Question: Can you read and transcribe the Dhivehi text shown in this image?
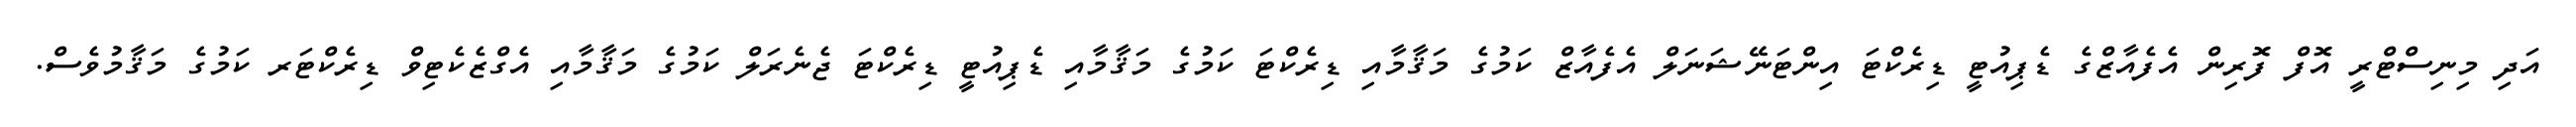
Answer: އަދި މިނިސްޓްރީ އޮފް ފޮރިން އެފެއާޒްގެ ޑެޕިއުޓީ ޑިރެކްޓަ އިންޓަނޭޝަނަލް އެފެއާޒް ކަމުގެ މަޤާމާއި ޑިރެކްޓަ ކަމުގެ މަޤާމާއި ޑެޕިއުޓީ ޑިރެކްޓަ ޖެނެރަލް ކަމުގެ މަޤާމާއި އެގްޒެކެޓިވް ޑިރެކްޓަރ ކަމުގެ މަޤާމުވެސް.